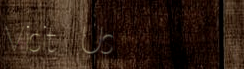
Visit Us